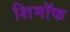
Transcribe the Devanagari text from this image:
शिमॉफ